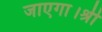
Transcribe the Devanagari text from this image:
जाएगा।श्री